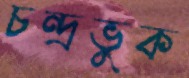
চন্দ্রভুক